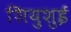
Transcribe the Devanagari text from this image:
शियुशुई